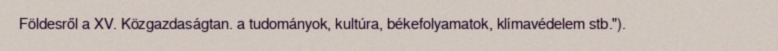
Földesről a XV. Közgazdaságtan. a tudományok, kultúra, békefolyamatok, klímavédelem stb.").